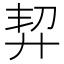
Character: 𢍆